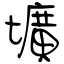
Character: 壙